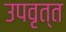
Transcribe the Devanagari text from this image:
उपवृत्त